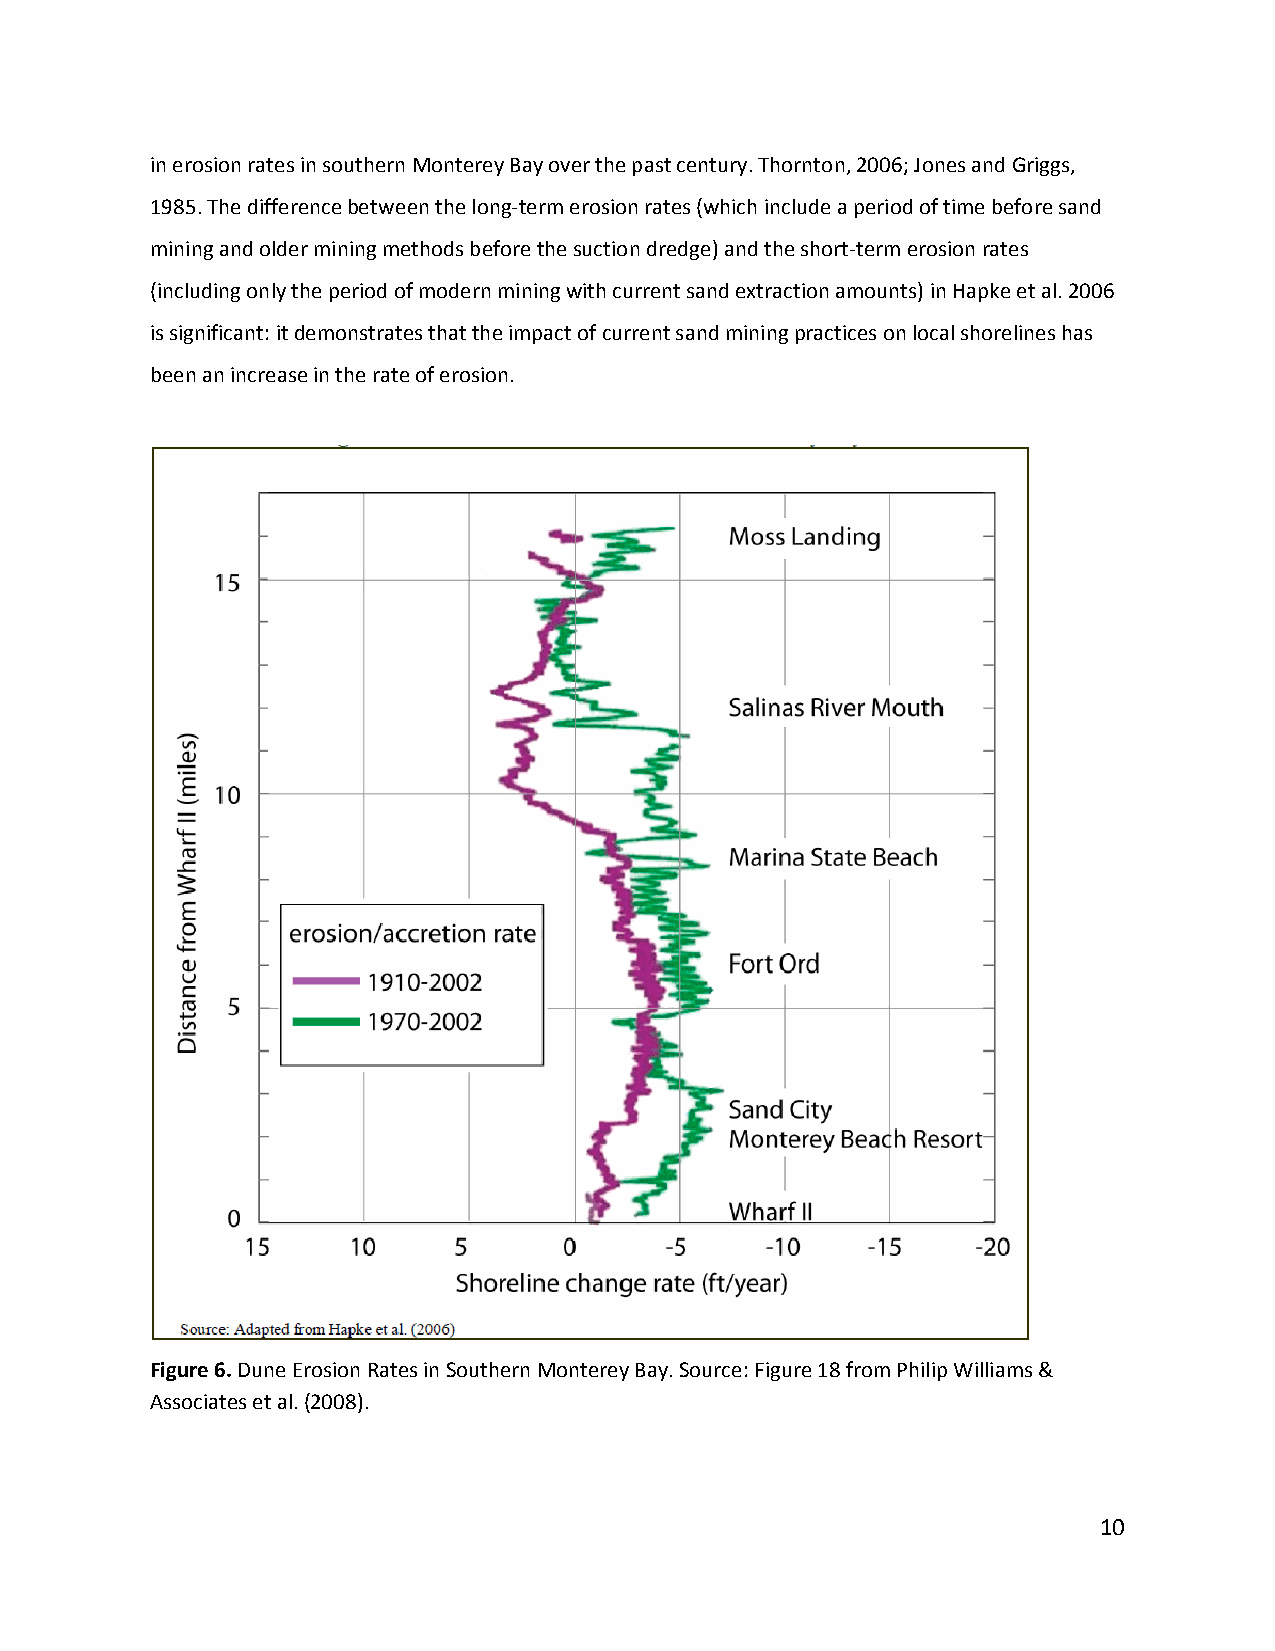
in erosion rates in southern Monterey Bay over the past century. Thornton, 2006; Jones and Griggs,
 1985. The difference between the long‐term erosion rates (which include a period of time before sand
 mining and older mining methods before the suction dredge) and the short‐term erosion rates
 (including only the period of modern mining with current sand extraction amounts) in Hapke et al. 2006
 is significant: it demonstrates that the impact of current sand mining practices on local shorelines has
 been an increase in the rate of erosion.
 Figure 6. Dune Erosion Rates in Southern Monterey Bay. Source: Figure 18 from Philip Williams &
 Associates et al. (2008).
 10